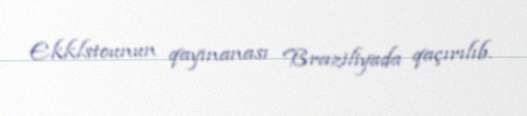
Ekklstounun qayınanası Braziliyada qaçırılıb.